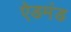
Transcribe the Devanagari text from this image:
ऐडमंड